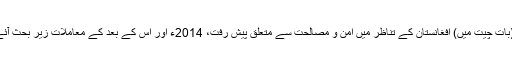
’’(بات چیت میں) افغانستان کے تناظر میں امن و مصالحت سے متعلق پیش رفت، 2014ء اور اس کے بعد کے معاملات زیرِ بحث آئے۔